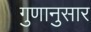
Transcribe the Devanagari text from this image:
गुणानुसार